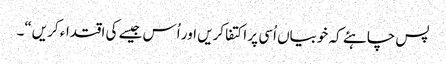
پس چاہئے کہ خوبیاں اُسی پر اکتفا کریں اور اُس جیسے کی اقتداء کریں“۔